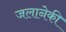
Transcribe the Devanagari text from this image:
जलानेकी